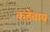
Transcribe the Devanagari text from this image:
कहेवाय